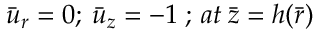
{ \bar { u } } _ { r } = 0 ; { \: } { \bar { u } } _ { z } = - 1 { \: } ; { \: } a t { \: } \bar { z } = h ( \bar { r } )